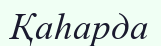
Қаһарда